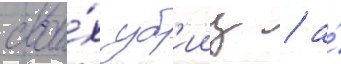
свои́х уб'ииц / а́